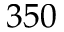
3 5 0